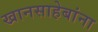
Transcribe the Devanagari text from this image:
खानसाहेबांना